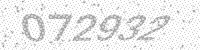
Solution: 072932